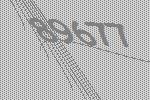
89677